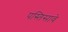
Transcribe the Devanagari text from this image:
पस्तिसावे